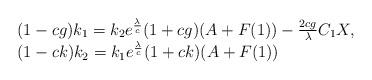
LaTeX: \begin{align*}\begin{array}{l}(1-cg) k_1 = k_2 e^{\frac{\lambda}{c}}(1+cg)(A+F(1)) - \frac{2cg}{\lambda} C_1 X, \\(1-c k) k_2 = k_1 e^{\frac{\lambda}{c}}(1+c k)(A+F(1))\end{array}\end{align*}